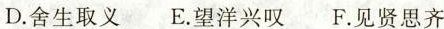
D.舍生取义 E.望洋兴叹 F.见贤思齐